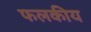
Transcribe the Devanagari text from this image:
फलकीय